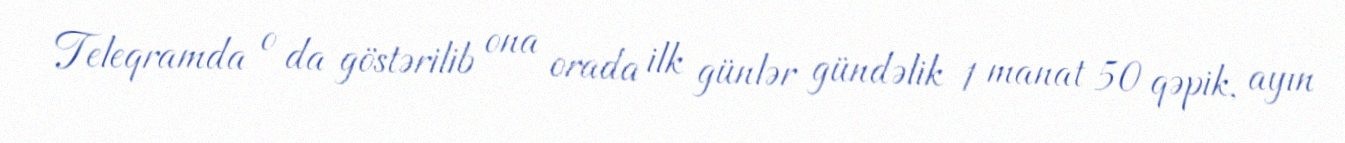
Teleqramda o da göstərilib ona orada ilk günlər gündəlik 1 manat 50 qəpik, ayın